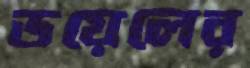
ডয়েলের